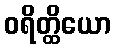
ဝရိတ္ထိယော